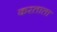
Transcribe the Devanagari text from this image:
करताता